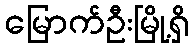
မြောက်ဦးမြို့ရှိ